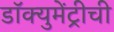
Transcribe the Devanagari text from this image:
डॉक्युमेंट्रीची